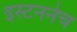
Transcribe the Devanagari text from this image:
इस्टननेच